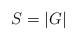
LaTeX: \begin{align*} S=|G|\end{align*}